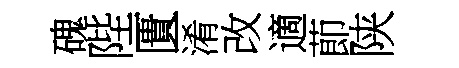
磈陛匱淆改適莭陕